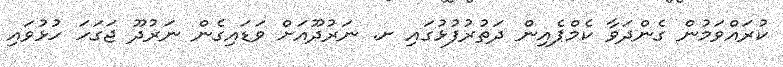
ކުރައްވަމުން ގެންދަވާ ކެމްޕެއިން ދަތުރުފުޅުގައި ށ. ނަރުދޫއަށް ވަޑައިގެން ނަރުދޫ ޖަގަހަ ހުޅުވައި